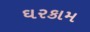
ઘરકામ